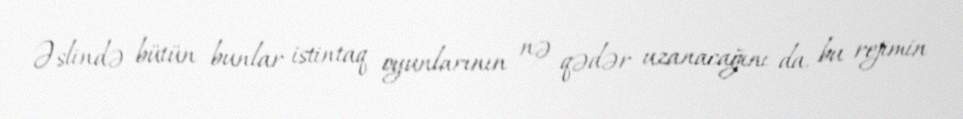
Əslində bütün bunlar istintaq oyunlarının nə qədər uzanacağını da, bu rejimin